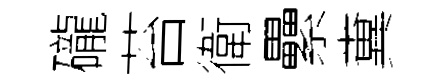
礲苔衛纍糞